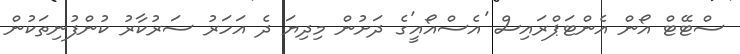
ސްޓޭޓް އޯން އެންޓަޕްރައިސް 'އެސްއޯއީ'ގެ ދަށުން މިދިޔަ ދެ އަހަަރު ސަރުކާރު ކުންފުނިތަކުން